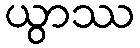
ယွာဿ